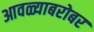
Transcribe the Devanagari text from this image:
आवळ्याबरोबर